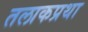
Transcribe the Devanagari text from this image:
तलाकप्रथा